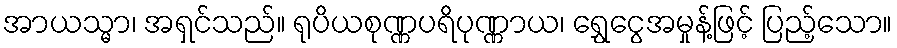
အာယသ္မာ၊ အရှင်သည်။ ရုပိယစုဏ္ဏပရိပုဏ္ဏာယ၊ ရွှေငွေအမှုန့်ဖြင့် ပြည့်သော။